Scientific memoirs by medical officers of the Army of India - Part IX,
Year: 1895
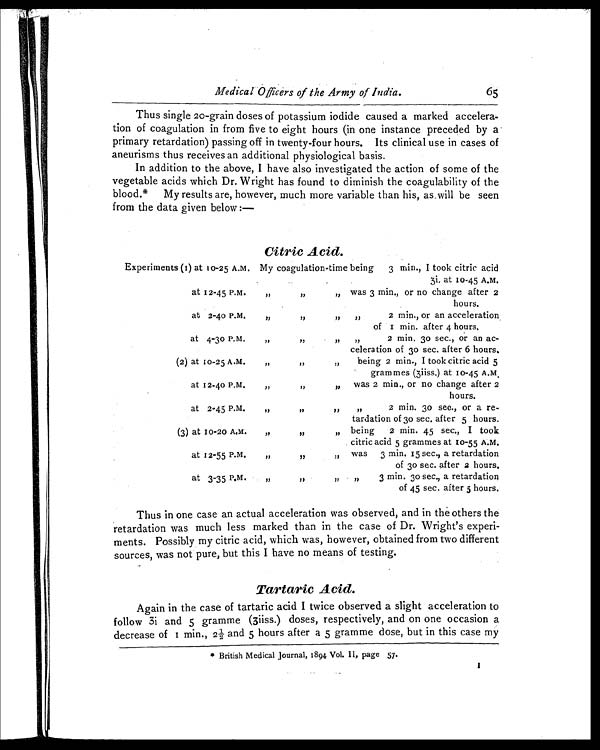
Medical Officers of the Army of India. 65
Thus single 20-grain doses of potassium iodide caused a marked accelera-
tion of coagulation in from five to eight hours (in one instance preceded by a
primary retardation) passing off in twenty-four hours. Its clinical use in cases of
aneurisms thus receives an additional physiological basis.
In addition to the above, I have also investigated the action of some of the
vegetable acids which Dr. Wright has found to diminish the coagulability of the
blood.* My results are, however, much more variable than his, as,will be seen
from the data given below :—
Citric Acid.
Experiments (1) at 10-25 A.M. My coagulation-time being 3 min., I took citric acid
3i, at 10-45 A.M.
at 12-45 P.M.
„ „ „
was 3 min., or no change after 2
hours.
at 2-40 P.M.
„ „ „ „
2 min or an acceleration
of I min. after 4 hours.
at 4-30 P.M
„ „ „ „
2 min. 30 sec., or an ac-
celeration of 30 sec. after 6 hours.
(2) at 10-25 A.M
„
„
„
being 2 min., I took citric acid 5
grammes (3iiss.) at 10-45 A. M.
at 12-40 P.M
„ „ „ was 2 min., or no change after 2
hours.
at 2-45 P.M.
„ „ „ „
2 min. 30 sec., or a re-
tardation of 30 sec. after 5 hours.
(3) at 10-20 A.M.
„
„ „
being 2 min. 45 sec., I took
citric acid 5 grammes at 10-55 A.M.
at 12-55 P.M.
„ „ „
was 3 min. 15 sec., a retardation
of 30 sec. after 2 hours.
at 3-35 P.M.
„ „ „ „
3 min. 30 sec., a retardation
of 45 sec. after 5 hours.
Thus in one case an actual acceleration was observed, and in the others the
retardation was much less marked than in the case of Dr. Wright's experi-
ments. Possibly my citric acid, which was, however, obtained from two different
sources, was not pure, but this I have no means of testing.
Tartaric Acid.
Again in the case of tartaric acid I twice observed a slight acceleration to
follow 3i and 5 gramme (3iiss.) doses, respectively, and on one occasion a
decrease of I min., 2½ and 5 hours after a 5 gramme dose, but in this case my
* British Medical Journal, 1894 Vol. II, page 57.
1